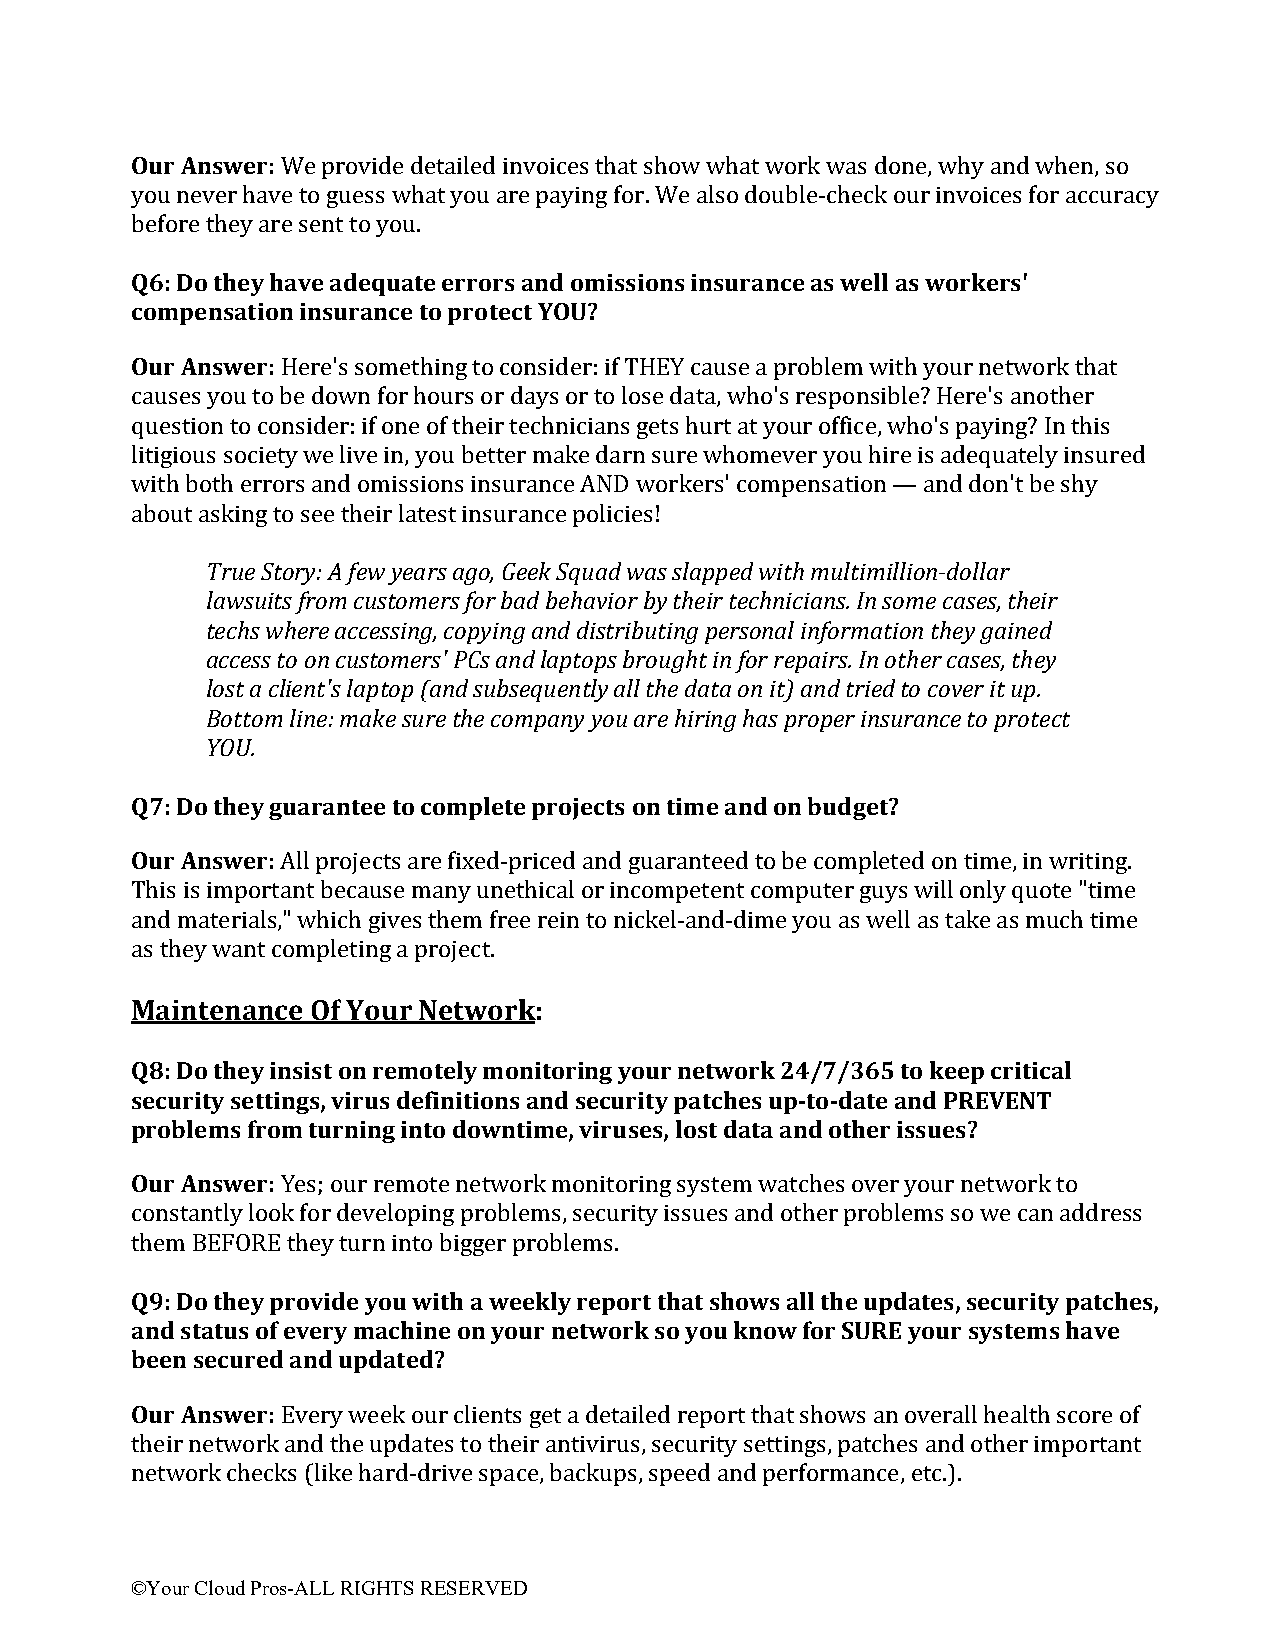
Our Answer: We provide detailed invoices that show what work was done, why and when, so
 you never have to guess what you are paying for. We also double-check our invoices for accuracy
 before they are sent to you.
 Q6: Do they have adequate errors and omissions insurance as well as workers'
 compensation insurance to protect YOU?
 Our Answer: Here's something to consider: if THEY cause a problem with your network that
 causes you to be down for hours or days or to lose data, who's responsible? Here's another
 question to consider: if one of their technicians gets hurt at your office, who's paying? In this
 litigious society we live in, you better make darn sure whomever you hire is adequately insured
 with both errors and omissions insurance AND workers' compensation — and don't be shy
 about asking to see their latest insurance policies!
 True Story: A few years ago, Geek Squad was slapped with multimillion-dollar
 lawsuits from customers for bad behavior by their technicians. In some cases, their
 techs where accessing, copying and distributing personal information they gained
 access to on customers' PCs and laptops brought in for repairs. In other cases, they
 lost a client's laptop (and subsequently all the data on it) and tried to cover it up.
 Bottom line: make sure the company you are hiring has proper insurance to protect
 YOU.
 Q7: Do they guarantee to complete projects on time and on budget?
 Our Answer: All projects are fixed-priced and guaranteed to be completed on time, in writing.
 This is important because many unethical or incompetent computer guys will only quote "time
 and materials," which gives them free rein to nickel-and-dime you as well as take as much time
 as they want completing a project.
 Maintenance Of Your Network:
 Q8: Do they insist on remotely monitoring your network 24/7/365 to keep critical
 security settings, virus definitions and security patches up-to-date and PREVENT
 problems from turning into downtime, viruses, lost data and other issues?
 Our Answer: Yes; our remote network monitoring system watches over your network to
 constantly look for developing problems, security issues and other problems so we can address
 them BEFORE they turn into bigger problems.
 Q9: Do they provide you with a weekly report that shows all the updates, security patches,
 and status of every machine on your network so you know for SURE your systems have
 been secured and updated?
 Our Answer: Every week our clients get a detailed report that shows an overall health score of
 their network and the updates to their antivirus, security settings, patches and other important
 network checks (like hard-drive space, backups, speed and performance, etc.).
 ©Your Cloud Pros-ALL RIGHTS RESERVED